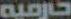
حارميه